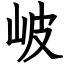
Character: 岥